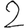
Digit: 2